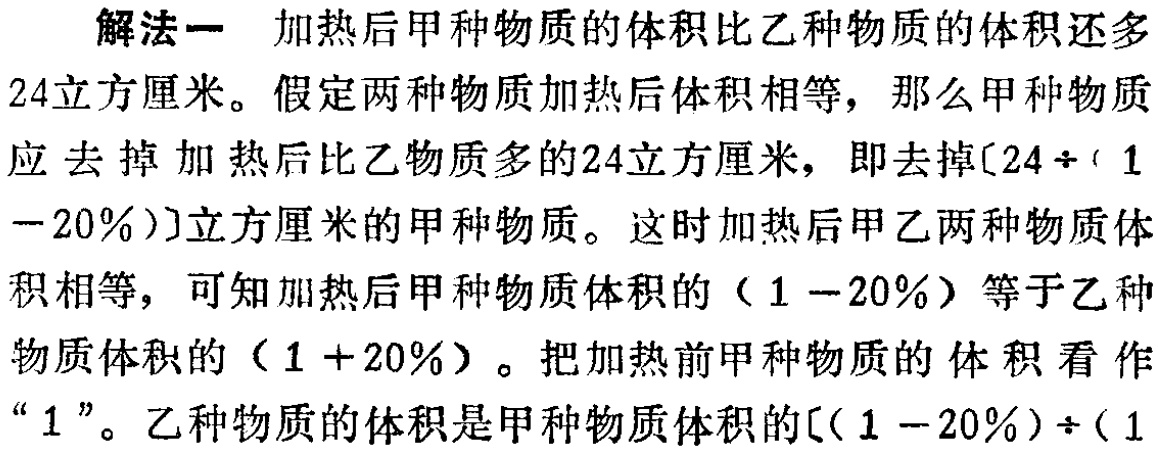
解法一 加热后甲种物质的体积比乙种物质的体积还多

24立方厘米。假定两种物质加热后体积相等，那么甲种物质

应去掉加热后比乙物质多的24立方厘米，即去掉\([24\div(1

- 20\%)]\)立方厘米的甲种物质。这时加热后甲乙两种物质体

积相等，可知加热后甲种物质体积的（\(1 - 20\%\)）等于乙种

物质体积的（\(1 + 20\%\)）。把加热前甲种物质的体积看作

“\(1\)”。乙种物质的体积是甲种物质体积的\([(1 - 20\%)\div(1\)